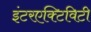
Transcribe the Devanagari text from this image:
इंटरएक्टिविटी